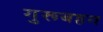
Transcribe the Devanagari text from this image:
गुरूबहन